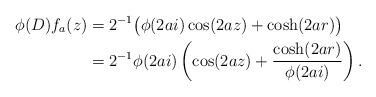
LaTeX: \begin{align*}\phi(D) f_a(z) & = 2^{-1}\big( \phi(2ai)\cos(2az)+ \cosh(2ar)\big) \\& = 2^{-1} \phi(2ai) \left( \cos(2az) + \frac{\cosh(2ar)}{\phi(2ai)}\right).\end{align*}